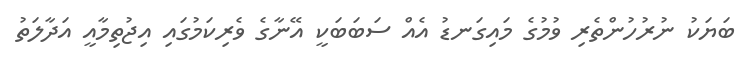
ބަޔަކު ނުރުހުންތެރި ވުމުގެ މައިގަނޑު އެއް ސަބަބަކީ އޭނާގެ ވެރިކަމުގައި އިޖުތިމާއީ އަދާލަތު